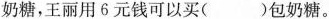
奶糖，王丽用6元钱可以买()包奶糖。